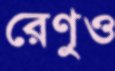
রেণুও